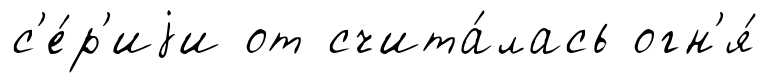
с'е́р'иjи от счита́лась огн'я́